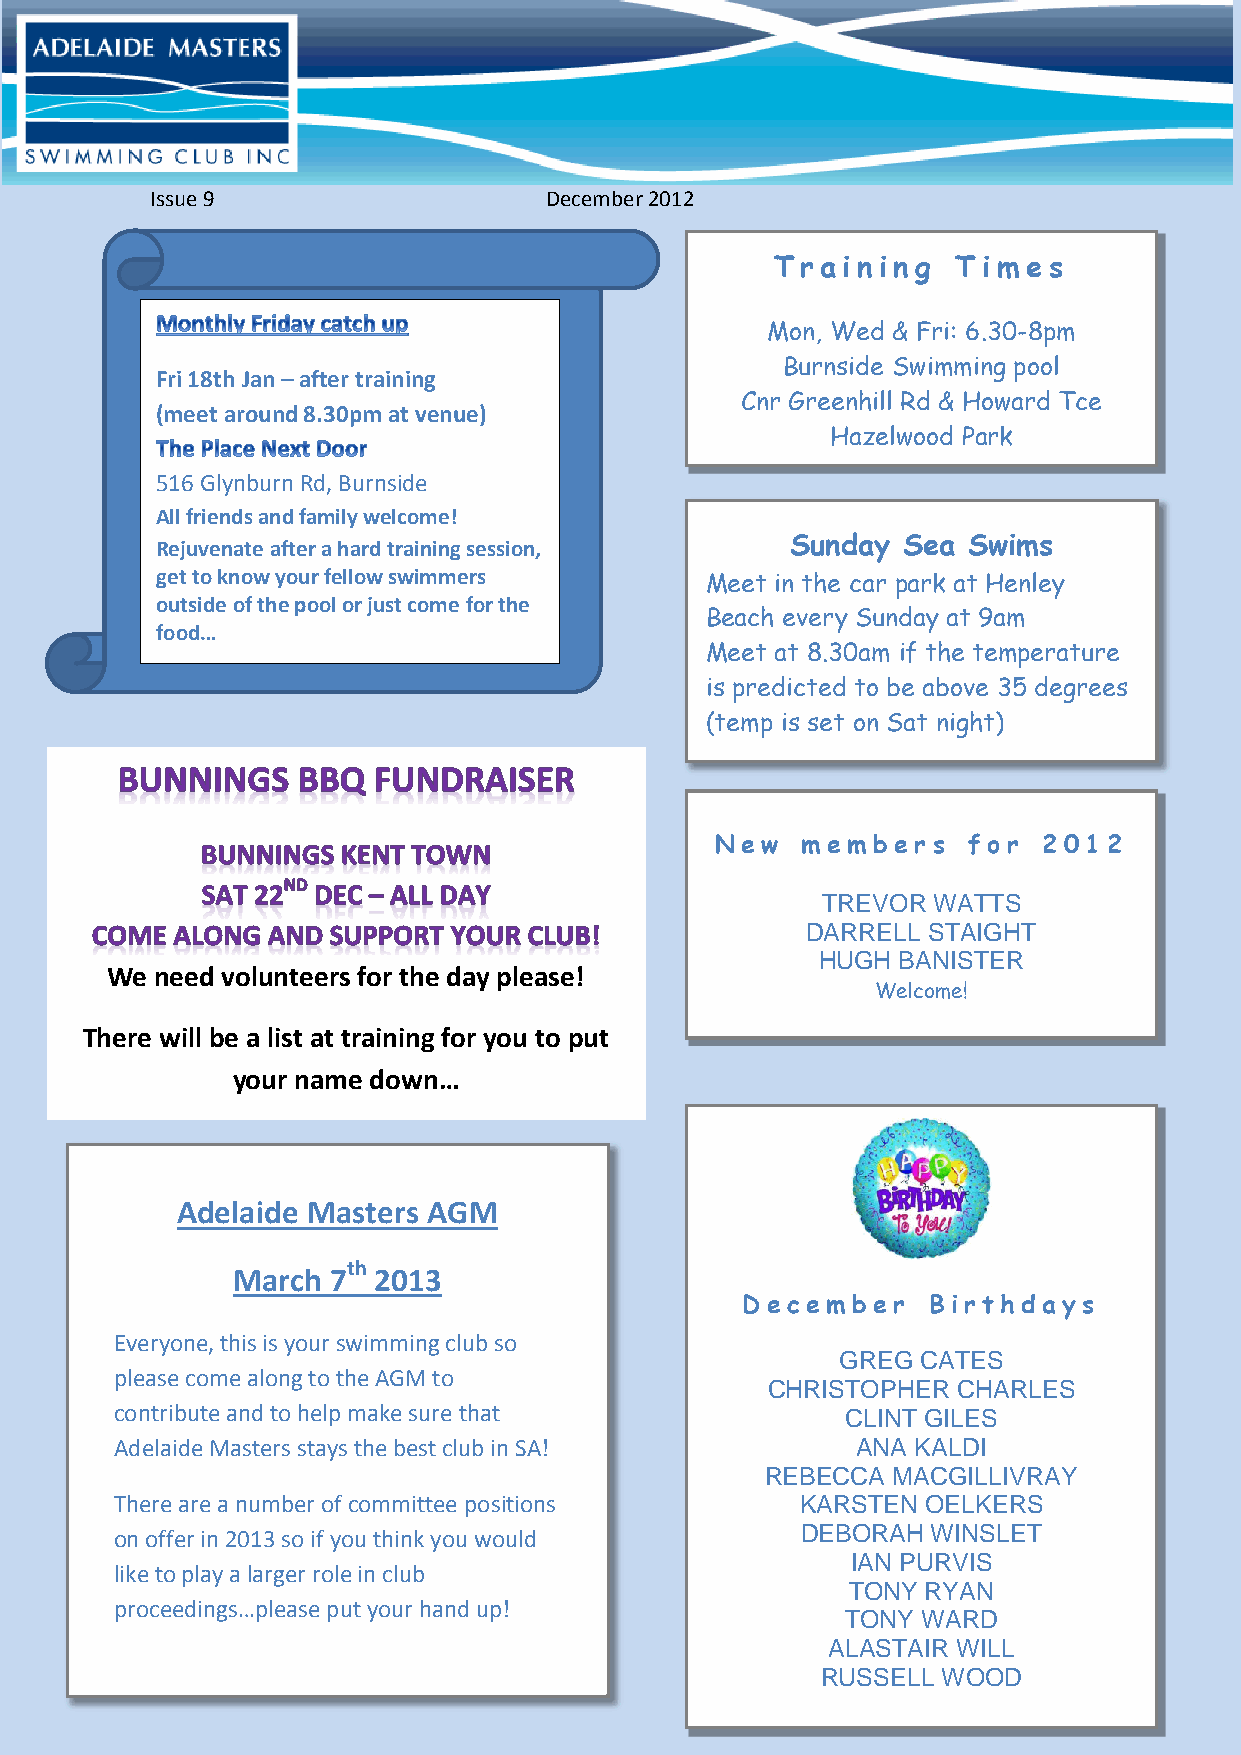
Issue 9                   December 2012
 Tra  i ni ng Ti mes
 Mon, Wed & Fri: 6.30-8pm
 Burnside Swimming pool
 Fri 18th Jan – after training
 Cnr Greenhill Rd & Howard Tce
 (meet around 8.30pm at venue)
 Hazelwood Park
 516 Glynburn Rd, Burnside
 All friends and family welcome!
 Rejuvenate after a hard training session, Sunday  Sea Swims
 get to know your fellow swimmers
 Meet in the car park at Henley
 outside of the pool or just come for the
 Beach every Sunday at 9am
 food…
 Meet at 8.30am if the temperature
 is predicted to be above 35 degrees
 (temp is set on Sat night)
 New   m em bers  f o r 2012
 TREVOR  WATTS
 DARRELL STAIGHT
 HUGH BANISTER
 We need volunteers for the day please!
 Welcome!
 There will be a list at training for you to put
 your name down…
 Adelaide Masters AGM
 th
 March  7  2013
 Decem  ber  Bir th d a ys
 Everyone, this is your swimming club so
 GREG CATES
 please come along to the AGM to
 CHRISTOPHER CHARLES
 contribute and to help make sure that           CLINT GILES
 Adelaide Masters stays the best club in SA!      ANA KALDI
 REBECCA MACGILLIVRAY
 There are a number of committee positions    KARSTEN OELKERS
 on offer in 2013 so if you think you would   DEBORAH  WINSLET
 IAN PURVIS
 like to play a larger role in club
 TONY RYAN
 proceedings…please put your hand up!
 TONY WARD
 ALASTAIR WILL
 RUSSELL WOOD